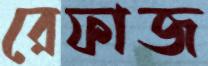
রেফাজ